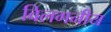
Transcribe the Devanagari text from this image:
विलगनीय